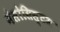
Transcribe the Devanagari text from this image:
मेसोसिस्टम